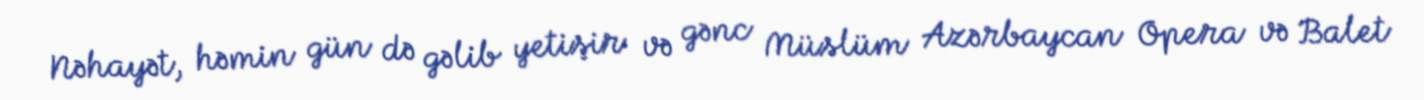
Nəhayət, həmin gün də gəlib yetişir və gənc Müslüm Azərbaycan Opera və Balet